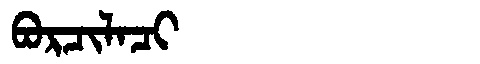
Manchu: ᠪᠣᡵᠴᡳᠯᠠᠴᡳ
Romanization: BORCILACI